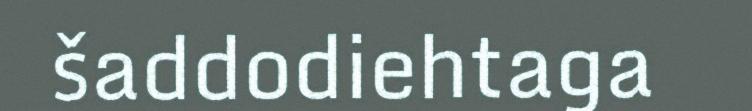
šaddodiehtaga